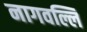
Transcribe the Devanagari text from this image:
नागवल्लि